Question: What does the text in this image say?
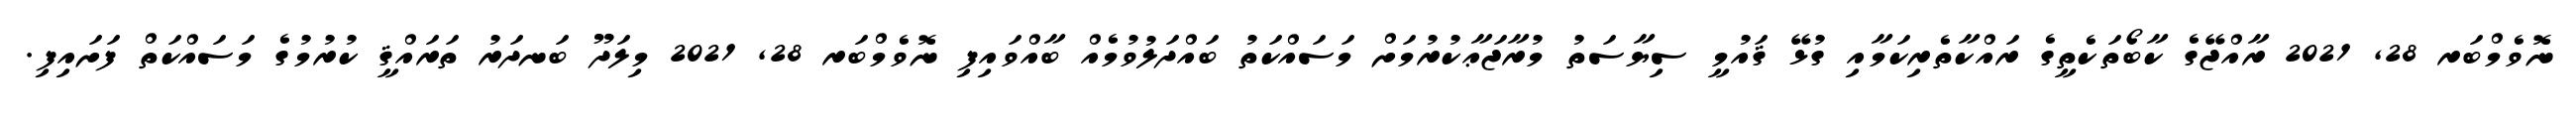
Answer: ނޮވެމްބަރ 28, 2021 ރާއްޖޭގެ ކާބޯތަކެތީގެ ރައްކާތެރިކަމާއި ގުޅޭ ޤައުމީ ސިޔާސަތު މުރާޖަޢާކުރުމަށް މަސައްކަތު ބައްދަލުވުމެއް ބާއްވައިފި ނޮވެމްބަރ 28, 2021 މިލަދޫ ބަނދަރު ތަރައްޤީ ކުރުމުގެ މަސައްކަތް ފަށައިފި.